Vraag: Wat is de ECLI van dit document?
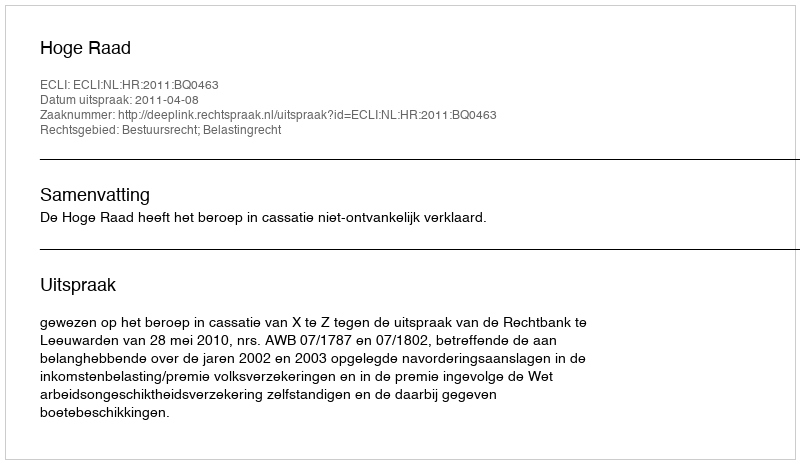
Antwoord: ECLI:NL:HR:2011:BQ0463